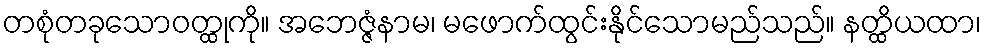
တစုံတခုသောဝတ္ထုကို။ အဘေဇ္ဇံနာမ၊ မဖောက်ထွင်းနိုင်သောမည်သည်။ နတ္ထိယထာ၊